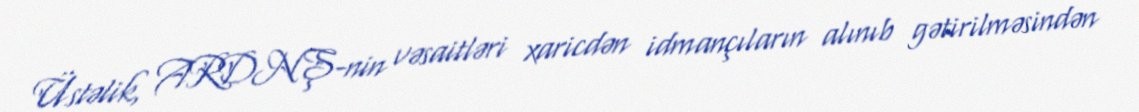
Üstəlik, ARDNŞ-nin vəsaitləri xaricdən idmançıların alınıb gətirilməsindən